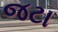
જટા